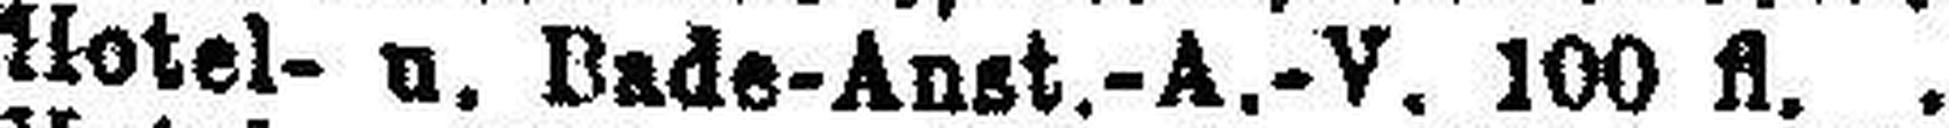
Hotel- u. Bade-Anst.-A.-V. 100 fl.